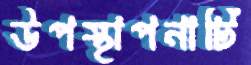
উপস্থাপনাটি